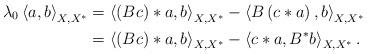
LaTeX: \begin{align*}\lambda_0\left\langle a,b\right\rangle_{X,X^\ast}&=\left\langle(Bc)*a,b\right\rangle_{X,X^\ast}-\left\langle B\left(c*a\right),b\right\rangle_{X,X^\ast}\\&=\left\langle(Bc)*a,b\right\rangle_{X,X^\ast}-\left\langle c*a,B^\ast b\right\rangle_{X,X^\ast}.\end{align*}